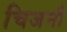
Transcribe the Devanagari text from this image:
चिजनी